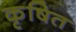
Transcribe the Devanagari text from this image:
कृषित